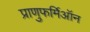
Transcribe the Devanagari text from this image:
प्राणुफर्मिऑन